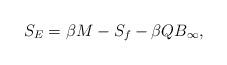
LaTeX: \begin{align*}S_{E} = \beta M - S_{f} - \beta Q B_{\infty},\end{align*}